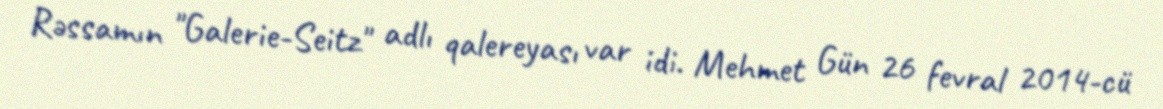
Rəssamın "Galerie-Seitz" adlı qalereyası var idi. Mehmet Gün 26 fevral 2014-cü